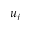
u _ { j }